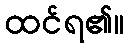
ထင်ရ၏။